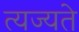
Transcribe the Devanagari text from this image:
त्यज्यते